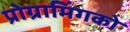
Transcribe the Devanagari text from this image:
प्रोग्रामिंगको